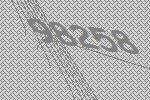
98258